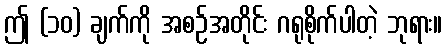
ဤ (၁၀) ချက်ကို အစဉ်အတိုင်း ဂရုစိုက်ပါတဲ့ ဘုရား။